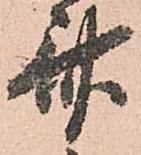
斎